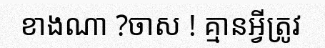
ខាងណា ?ចាស ! គ្មានអ្វីត្រូវ